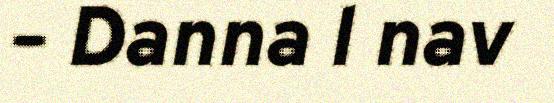
– Danna l nav